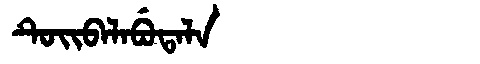
Manchu: ᡨᡠᡳᠪᠠᠯᠠᠪᡠᡨᠠᠯᠠ
Romanization: TUIBALABUTALA